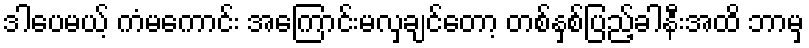
ဒါပေမယ့် ကံမကောင်း အကြောင်းမလှချင်တော့ တစ်နှစ်ပြည့်ခါနီးအထိ ဘာမှ